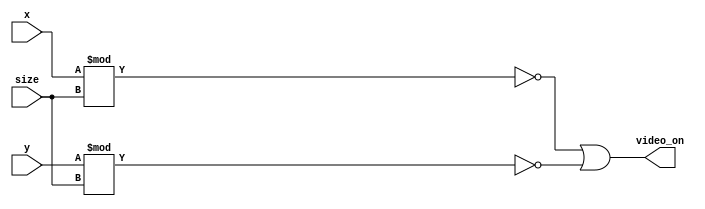
`timescale 1ns / 1ps

module gridRenderer(
    output video_on,
    input [31:0] x,
    input [31:0] y,
    input [31:0] size
    );
    
    assign video_on = (x % size == 0) || (y % size == 0);
endmodule